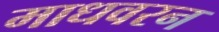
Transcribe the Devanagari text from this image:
माधवरन